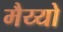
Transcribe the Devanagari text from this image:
मैय्यो